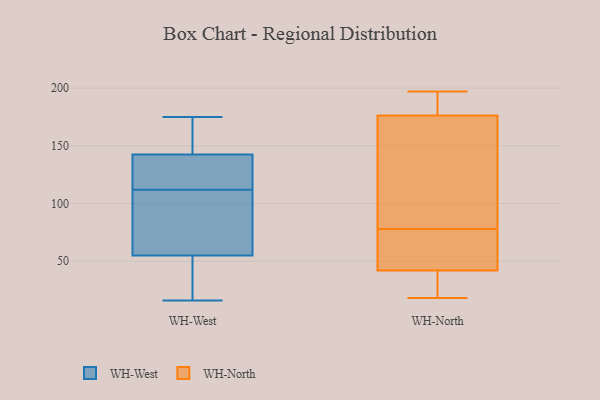
{"axis": {"x": "Churn Rate (%)", "y": "Value"}, "legend": ["WH-North", "WH-West"], "data": [{"x": "", "y": 16, "type": "WH-West"}, {"x": "", "y": 145, "type": "WH-West"}, {"x": "", "y": 52, "type": "WH-West"}, {"x": "", "y": 116, "type": "WH-West"}, {"x": "", "y": 64, "type": "WH-West"}, {"x": "", "y": 158, "type": "WH-West"}, {"x": "", "y": 80, "type": "WH-West"}, {"x": "", "y": 175, "type": "WH-West"}, {"x": "", "y": 167, "type": "WH-West"}, {"x": "", "y": 135, "type": "WH-West"}, {"x": "", "y": 28, "type": "WH-West"}, {"x": "", "y": 84, "type": "WH-West"}, {"x": "", "y": 158, "type": "WH-West"}, {"x": "", "y": 122, "type": "WH-West"}, {"x": "", "y": 35, "type": "WH-West"}, {"x": "", "y": 123, "type": "WH-West"}, {"x": "", "y": 29, "type": "WH-West"}, {"x": "", "y": 112, "type": "WH-West"}, {"x": "", "y": 94, "type": "WH-West"}, {"x": "", "y": 197, "type": "WH-North"}, {"x": "", "y": 78, "type": "WH-North"}, {"x": "", "y": 42, "type": "WH-North"}, {"x": "", "y": 34, "type": "WH-North"}, {"x": "", "y": 179, "type": "WH-North"}, {"x": "", "y": 179, "type": "WH-North"}, {"x": "", "y": 18, "type": "WH-North"}, {"x": "", "y": 53, "type": "WH-North"}, {"x": "", "y": 119, "type": "WH-North"}, {"x": "", "y": 168, "type": "WH-North"}, {"x": "", "y": 42, "type": "WH-North"}]}